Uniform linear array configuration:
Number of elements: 64
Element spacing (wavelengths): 0.75
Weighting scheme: cosine
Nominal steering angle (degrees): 60
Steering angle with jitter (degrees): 58.311
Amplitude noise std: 0.05
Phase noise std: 0.05

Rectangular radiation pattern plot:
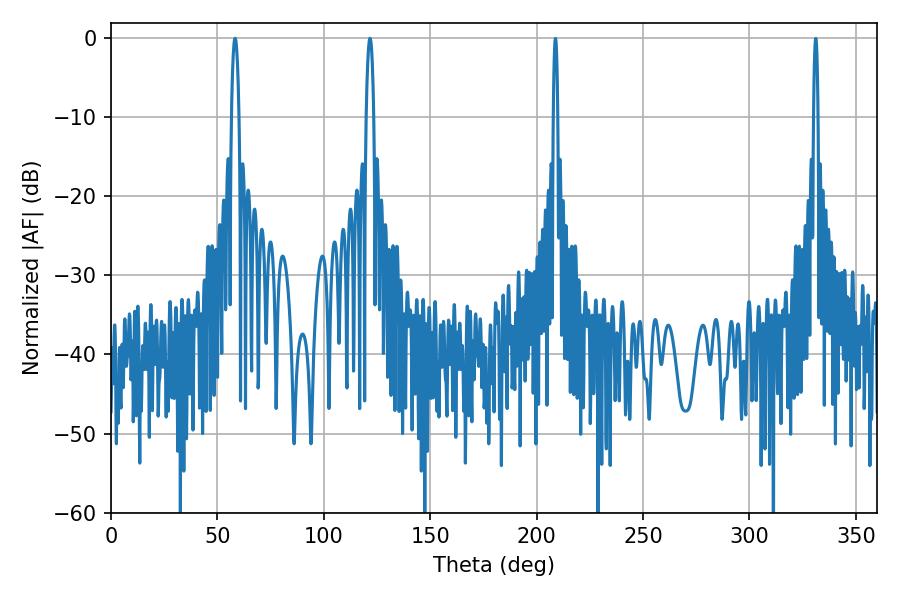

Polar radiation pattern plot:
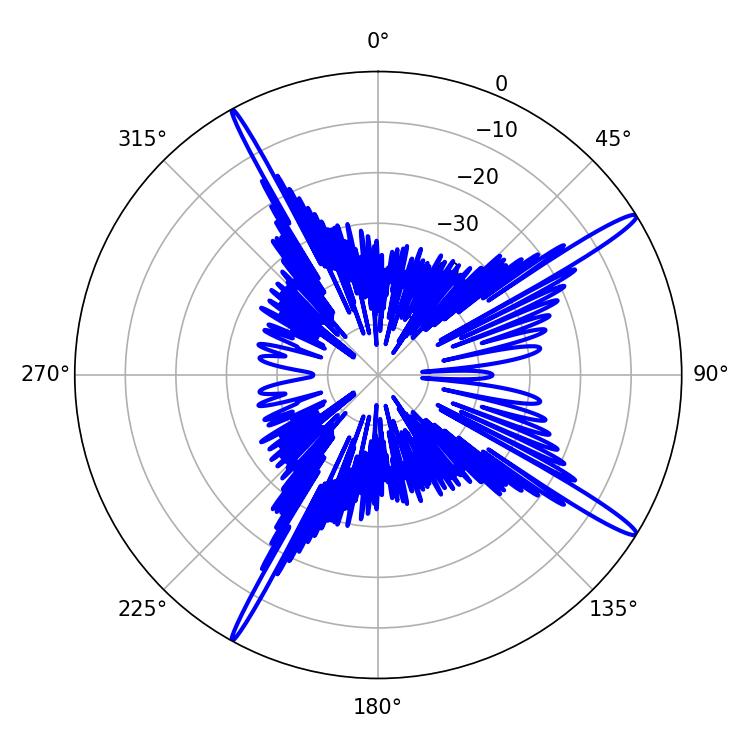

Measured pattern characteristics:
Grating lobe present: TRUE
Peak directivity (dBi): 16.471
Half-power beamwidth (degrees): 1.8
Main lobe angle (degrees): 58.32